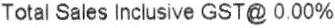
TOTAL SALES INCLUSIVE GST @ 0.00%